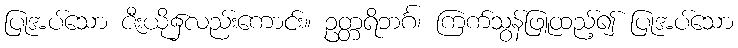
ပြုအပ်သော ဇီးယို၌လည်းကောင်း။ ဥတ္တရိဘင်္ဂ၊ ကြက်သွန်ဖြူထည့်၍ ပြုအပ်သော